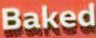
Baked